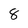
Character: 8